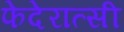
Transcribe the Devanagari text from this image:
फेदेरात्सी